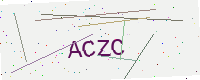
Text: ACZC